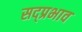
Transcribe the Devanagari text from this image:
सद्प्रभाव